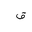
Letter: _qaf